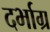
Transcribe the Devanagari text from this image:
दर्भाग्र